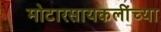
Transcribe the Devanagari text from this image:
मोटारसायकलींच्या